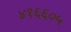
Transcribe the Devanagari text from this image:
४१६६०५